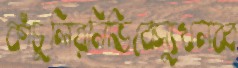
কাঁচুলিরনিভিবেস্যুখনব্ব